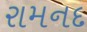
રામનદ